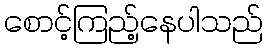
စောင့်ကြည့်နေပါသည်